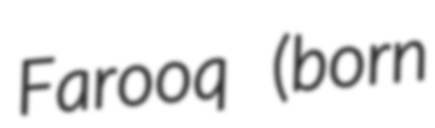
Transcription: Farooq (born